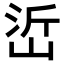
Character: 峾